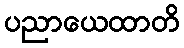
ပညာယေထာတိ